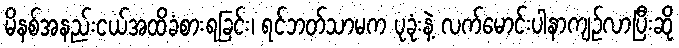
မိနစ်အနည်းငယ်အထိခံစားရခြင်း၊ ရင်ဘတ်သာမက ပုခုံးနဲ့ လက်မောင်းပါနာကျဉ်လာပြီးဆို